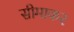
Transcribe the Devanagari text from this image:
सीमाकर